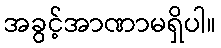
အခွင့်အာဏာမရှိပါ။